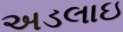
અડલાઇ